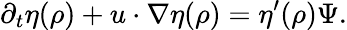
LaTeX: \partial_{t}\eta(\rho)+u\cdot\nabla\eta(\rho)=\eta^{\prime}(\rho)\Psi.